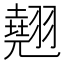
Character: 翹